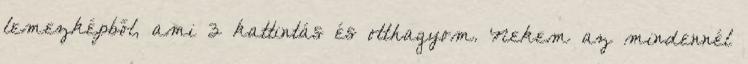
lemezképből, ami 3 kattintás és otthagyom. Nekem az mindennél